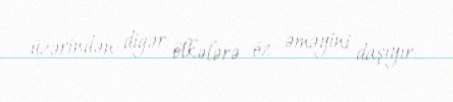
üzərindən digər ölkələrə öz əməyini daşıyır.